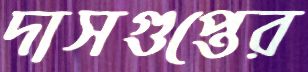
দাসগুপ্তের